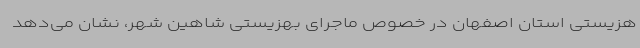
هزیستی استان اصفهان در خصوص ماجرای بهزیستی شاهین شهر، نشان می‌دهد